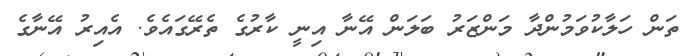
ތަން ހަލާކުވަމުންދާ މަންޒަރު ބަލަން އޭނާ އިނީ ކާރުގެ ތެރޭގައެވެ. އެއިރު އޭނާގެ